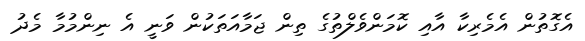
އެގޮތުން އެމެރިކާ އާއި ކޮމަންވެލްތުގެ ތިން ޖަމާއަތަކުން ވަނީ އެ ނިންމުމާ މެދު